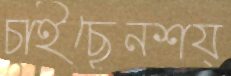
চাইছেনশয্